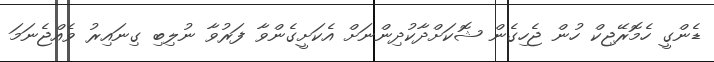
ޑެންގީ ހެމޮރޭޖިކް ހުން ޖެހިގެން ޝޮކަށްދާކުދިންނަށް އެކަށީގެންވާ ފަރުވާ ނުލިބި ގިނައިރު ވެއްޖެނަމަ